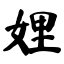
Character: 娌